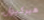
هيركيول